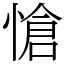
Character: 愴